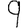
Digit: 9